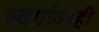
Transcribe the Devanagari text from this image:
स्वर्गावरही